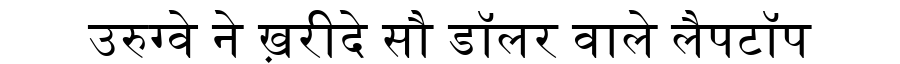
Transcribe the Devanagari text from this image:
उरुग्वे ने ख़रीदे सौ डॉलर वाले लैपटॉप